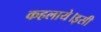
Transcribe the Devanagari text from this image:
कहलाये।इसी